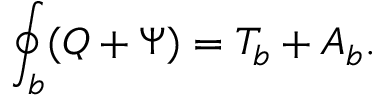
\oint _ { b } ( Q + \Psi ) = { \cal T } _ { b } + A _ { b } .